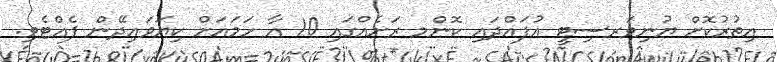
އިތުރުކޮށް ޔުނިވަރސިޓީ އުފައްދައި ކޮންމ ރަށެއްގައި 10 އާ ހަމައަށް ކިޔަވައިދޭން ފެއްޓެވި.